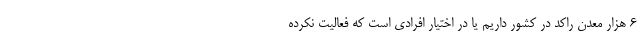
۶ هزار معدن راکد در کشور داریم یا در اختیار افرادی است که فعالیت نکرده